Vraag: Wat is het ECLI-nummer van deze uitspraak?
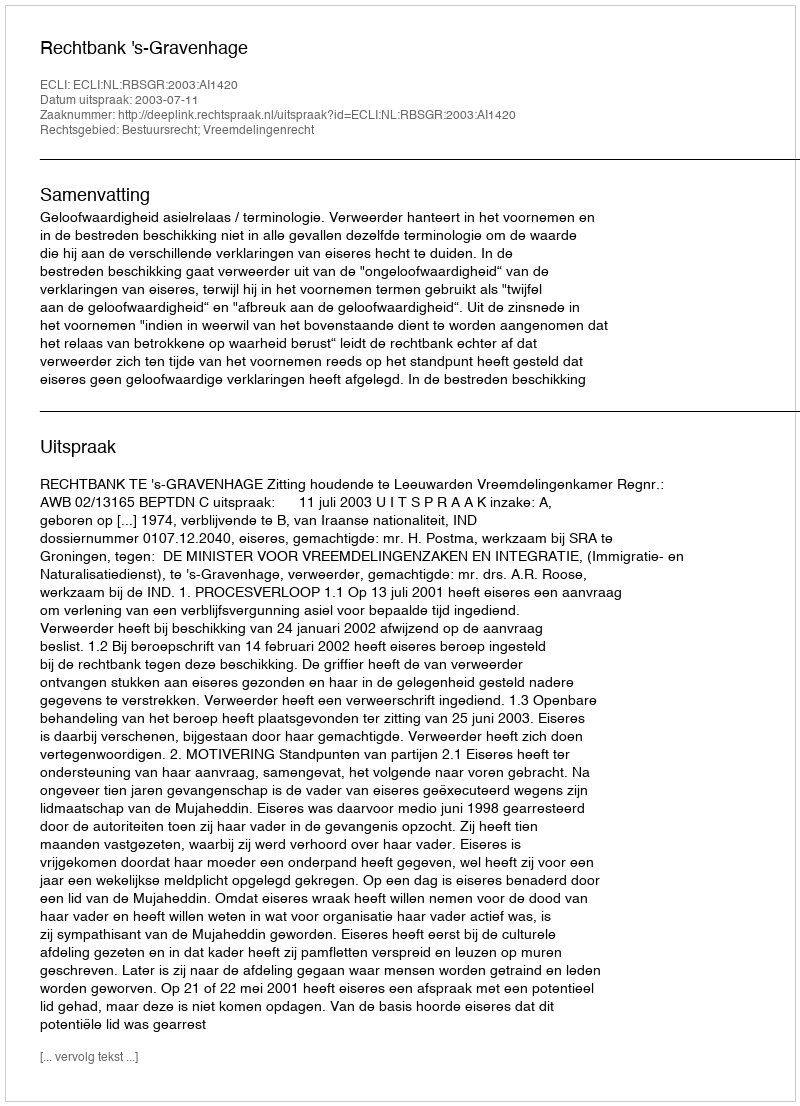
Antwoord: ECLI:NL:RBSGR:2003:AI1420